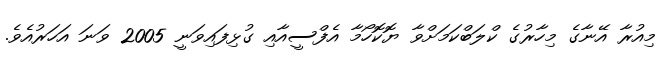
މިއުރާ އޭނާގެ މިހާރުގެ ކްލަބްކަމަށްވާ ޔޮކޮހޯމާ އެފްސީއާއި ގުޅިފައިވަނީ 2005 ވަނަ އަހަރުއެވެ.